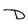
Character: D